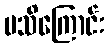
မသိကြောင်း